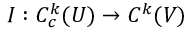
I : C _ { c } ^ { k } ( U ) \to C ^ { k } ( V )